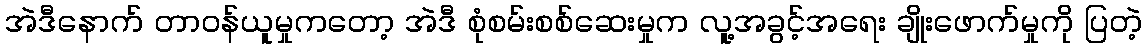
အဲဒီနောက် တာဝန်ယူမှုကတော့ အဲဒီ စုံစမ်းစစ်ဆေးမှုက လူ့အခွင့်အရေး ချိုးဖောက်မှုကို ပြတဲ့